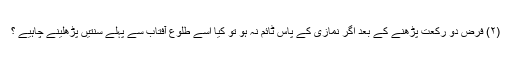
(۲) فرض دو رکعت پڑھنے کے بعد اگر نمازی کے پاس ٹائم نہ ہو تو کیا اسے طلوع آفتاب سے پہلے سنتیں پڑھلینے چاہیے ؟